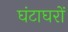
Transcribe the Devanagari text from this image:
घंटाघरों